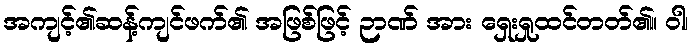
အကျင့်၏ဆန့်ကျင်ဖက်၏ အဖြစ်ဖြင့် ဉာဏ် အား ရှေးရှုထင်တတ်၏။ ဝါ၊